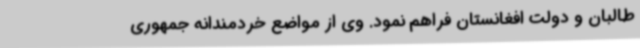
طالبان و دولت افغانستان فراهم نمود. وی از مواضع خردمندانه جمهوری